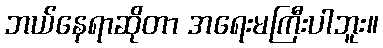
ဘယ်နေရာဆိုတာ အရေးမကြီးပါဘူး။